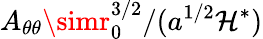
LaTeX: A_{\theta\theta}\simr_{0}^{3/2}/(a^{1/2}\mathcal{H}^{*})